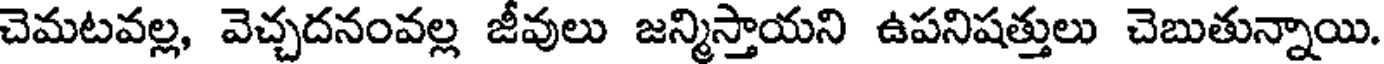
చెమటవల్ల, వెచ్చదనంవల్ల జీవులు జన్మిస్తాయని ఉపనిషత్తులు చెబుతున్నాయి.